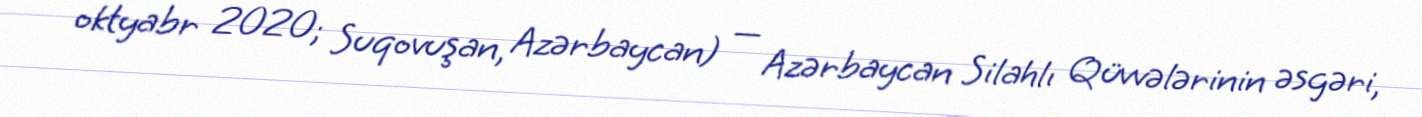
oktyabr 2020; Suqovuşan, Azərbaycan) — Azərbaycan Silahlı Qüvvələrinin əsgəri,